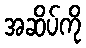
အဆိပ်ကို